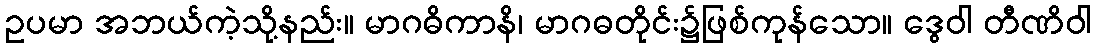
ဥပမာ အဘယ်ကဲ့သို့နည်း။ မာဂဓိကာနိ၊ မာဂဓတိုင်း၌ဖြစ်ကုန်သော။ ဒွေဝါ တီဏိဝါ